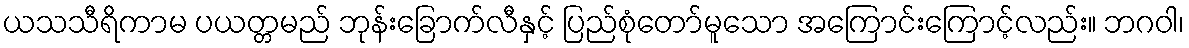
ယသသီရိကာမ ပယတ္တမည် ဘုန်းခြောက်လီနှင့် ပြည်စုံတော်မူသော အကြောင်းကြောင့်လည်း။ ဘဂဝါ၊